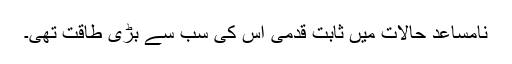
نامساعد حالات میں ثابت قدمی اس کی سب سے بڑی طاقت تھی۔